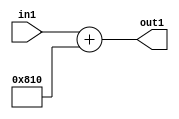
`timescale 1ps / 1ps
/*****************************************************************************
    Verilog RTL Description
    
    
    Created by: Stratus DpOpt 2019.1.01 
*******************************************************************************/

module DC_Filter_Add2iLLu9_4 (
	in1,
	out1
	); /* architecture "behavioural" */ 
input [8:0] in1;
output [11:0] out1;
wire [11:0] asc001;

assign asc001 = 
	+(in1)
	+(12'B100000010000);

assign out1 = asc001;
endmodule

/* CADENCE  ubH5Sgg= : u9/ySgnWtBlWxVPRXgAZ4Og= ** DO NOT EDIT THIS LINE ******/